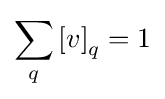
\sum _{q}\left[v\right]_{q}=1